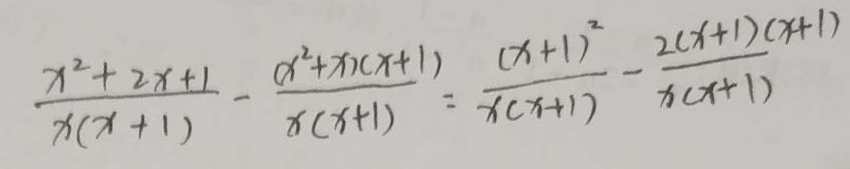
\frac { x ^ { 2 } + 2 x + 1 } { x ( x + 1 ) } - \frac { ( x ^ { 2 } + x ) ( x + 1 ) } { x ( x + 1 ) } = \frac { ( x + 1 ) ^ { 2 } } { x ( x + 1 ) } - \frac { 2 ( x + 1 ) ( x + 1 ) } { x ( x + 1 ) }